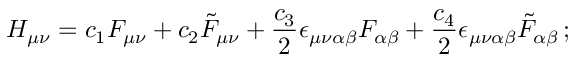
{ \cal H } _ { \mu \nu } = c _ { 1 } F _ { \mu \nu } + c _ { 2 } \tilde { F } _ { \mu \nu } + { \frac { c _ { 3 } } { 2 } } \epsilon _ { \mu \nu \alpha \beta } F _ { \alpha \beta } + { \frac { c _ { 4 } } { 2 } } \epsilon _ { \mu \nu \alpha \beta } \tilde { F } _ { \alpha \beta } \, ;